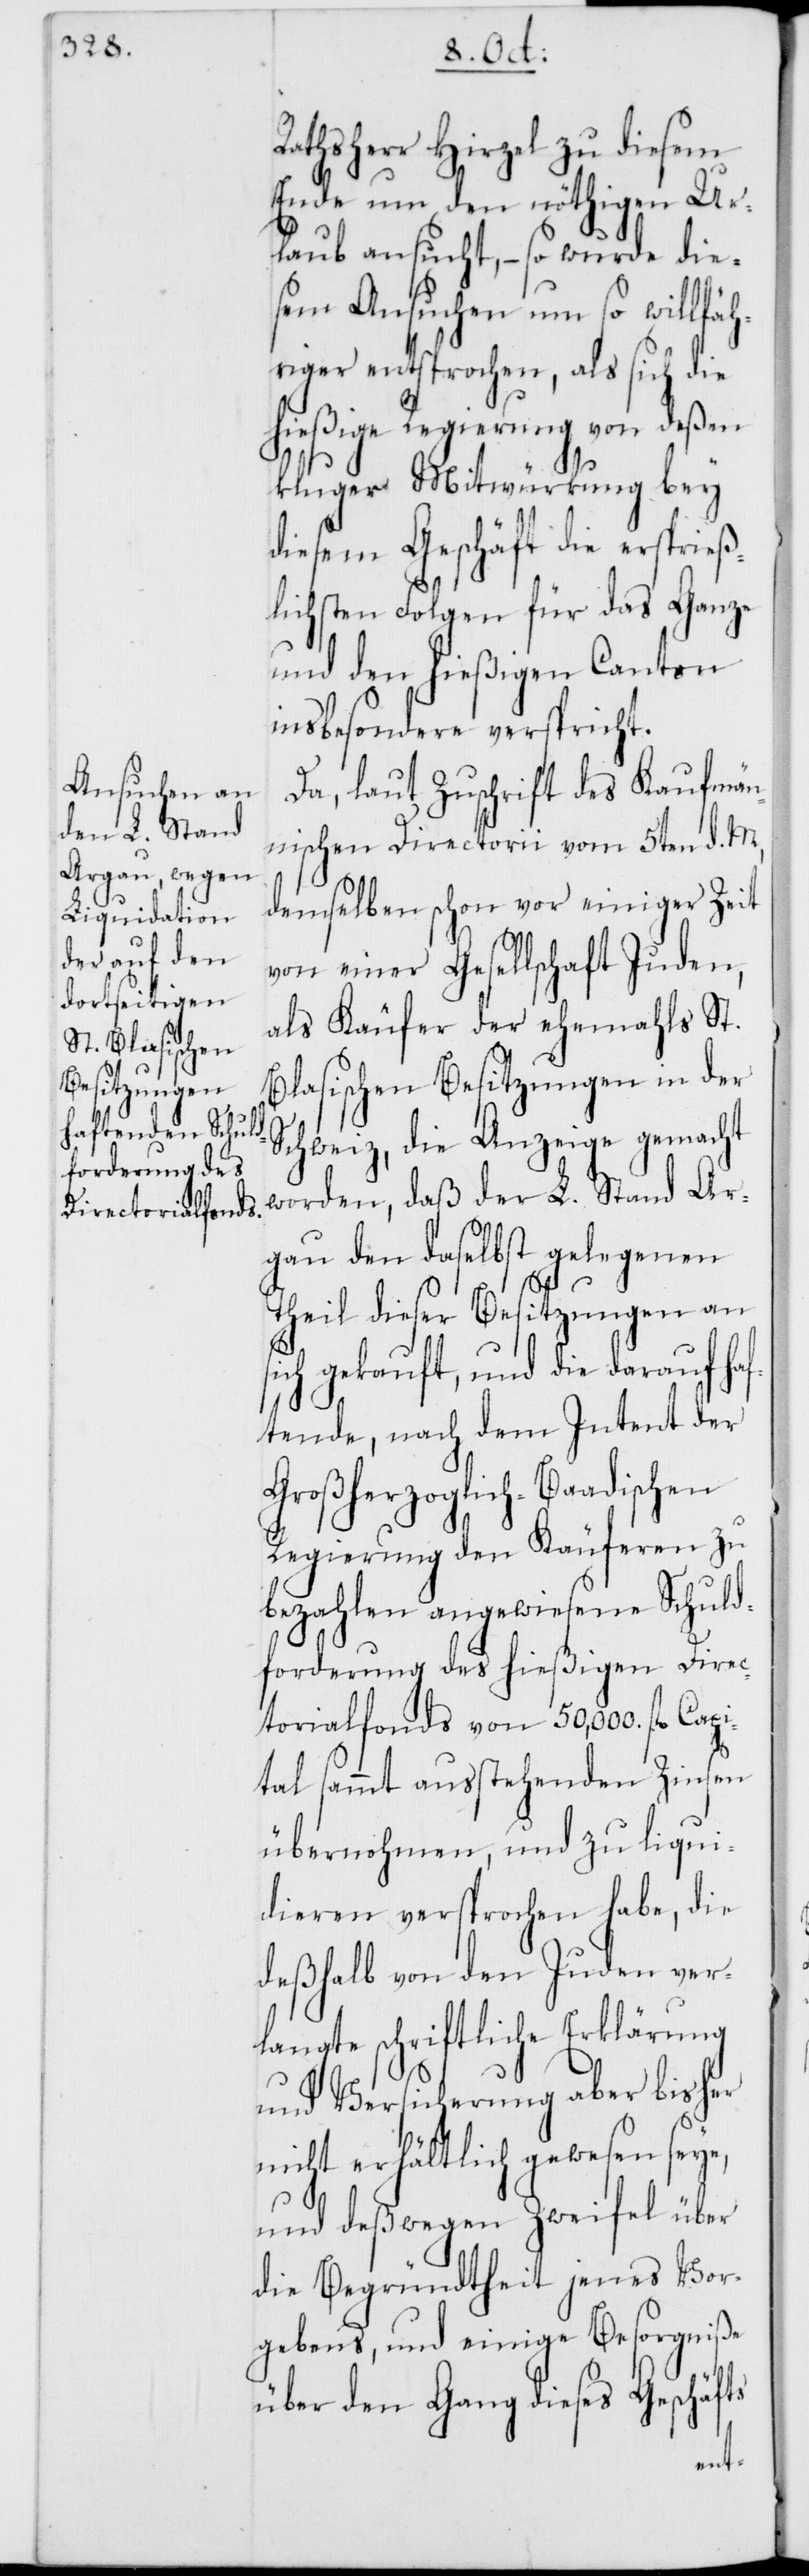
Rathsherr Hirzel zu diesem
Ende um den nöthigen Ur¬
laub ansucht, – so wurde die¬
sem Ansuchen um so willfäh¬
riger entsprochen, als sich die
hießige Regierung von deßen
kluger Mitwürkung bey
diesem Geschäft die ersprieß¬
lichsten Folgen für das Ganze
und den hießigen Canton
insbesondere verspricht.
Da, laut Zuschrift des Kaufmän¬
nischen Directorii vom 5ten d. M.,
demselben schon vor einiger Zeit
von einer Gesellschaft Juden,
als Käufer der ehemahls St.
Blasischen Besitzungen in der
Schweiz, die Anzeige gemacht
worden, daß der L. Stand Ar¬
gau den daselbst gelegenen
Theil dieser Besitzungen an
sich gekauft, und die darauf haf¬
tende, nach dem Intent der
Großherzoglich-Baadischen
Regierung den Käuferen zu
bezahlen angewiesene Schuld¬
forderung des hießigen Direc¬
torialfonds von 50,000. fl. Capi¬
tal sammt ausstehenden Zinsen
übernohmen, und zu liqui¬
dieren versprochen habe, die
deßhalb von den Juden ver¬
langte schriftliche Erklärung
und Versicherung aber bisher
nicht erhältlich gewesen seye,
und deßwegen Zweifel über
die Begründtheit jenes Vor¬
gebens, und einige Besorgniße
über den Gang dieses Geschäfts